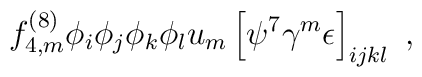
f^{(8)}_{4,m} \phi_i \phi_j \phi_k \phi_l u_m   \left[ \psi^7 \gamma^m \epsilon \right]_{ijkl} \ ,